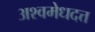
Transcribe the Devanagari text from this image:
अश्वमेधदत्त